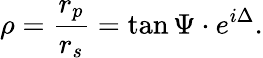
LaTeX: \rho={\frac{r_{p}}{r_{s}}}=\tan\Psi\cdot e^{i\Delta}.